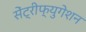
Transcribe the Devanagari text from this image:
सेंट्रीफ्युगेशन